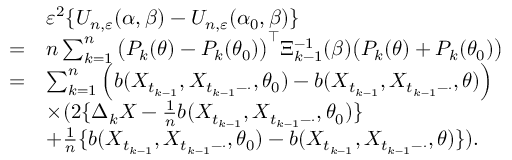
\begin{array} { r l } & { \varepsilon ^ { 2 } \{ U _ { n , \varepsilon } ( \alpha , \beta ) - U _ { n , \varepsilon } ( \alpha _ { 0 } , \beta ) \} } \\ { = } & { n \sum _ { k = 1 } ^ { n } \big ( P _ { k } ( \theta ) - P _ { k } ( \theta _ { 0 } ) \big ) ^ { \top } \Xi _ { k - 1 } ^ { - 1 } ( \beta ) \big ( P _ { k } ( \theta ) + P _ { k } ( \theta _ { 0 } ) \big ) } \\ { = } & { \sum _ { k = 1 } ^ { n } \Big ( b ( X _ { t _ { k - 1 } } , X _ { t _ { k - 1 } - \cdot } , \theta _ { 0 } ) - b ( X _ { t _ { k - 1 } } , X _ { t _ { k - 1 } - \cdot } , \theta ) \Big ) } \\ & { \times ( 2 \{ \Delta _ { k } X - \frac { 1 } { n } b ( X _ { t _ { k - 1 } } , X _ { t _ { k - 1 } - \cdot } , \theta _ { 0 } ) \} } \\ & { + \frac { 1 } { n } \{ b ( X _ { t _ { k - 1 } } , X _ { t _ { k - 1 } - \cdot } , \theta _ { 0 } ) - b ( X _ { t _ { k - 1 } } , X _ { t _ { k - 1 } - \cdot } , \theta ) \} ) . } \end{array}